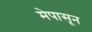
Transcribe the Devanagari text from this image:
मेपासून